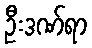
ဦးဒဏ်ရာ